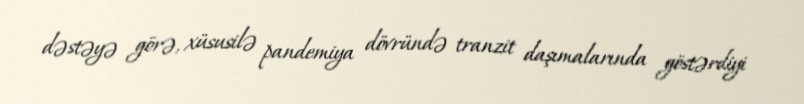
dəstəyə görə, xüsusilə pandemiya dövründə tranzit daşımalarında göstərdiyi